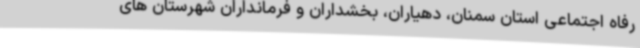
رفاه اجتماعی استان سمنان، دهیاران، بخشداران و فرمانداران شهرستان های